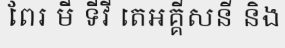
ពែរ មី ទីវី តេអគ្គីសនី និង